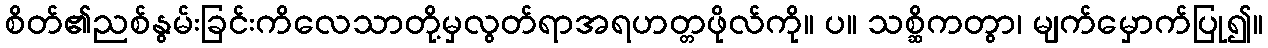
စိတ်၏ညစ်နွမ်းခြင်းကိလေသာတို့မှလွတ်ရာအရဟတ္တဖိုလ်ကို။ ပ။ သစ္ဆိကတွာ၊ မျက်မှောက်ပြု၍။